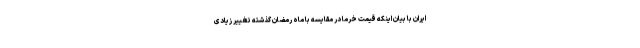
ایران با بیان اینکه قیمت خرما در مقایسه با ماه رمضان گذشته تغییر زیادی